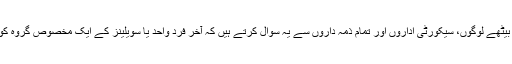
اگر یہ اور اس قبیل کے دیگر سوالات کے جوابات آپ کے پاس نہیں ہیں، تو پھر ہم پارلیمان میں بیٹھے لوگوں، سیکورٹی اداروں اور تمام ذمہ داروں سے یہ سوال کرتے ہیں کہ آخر فردِ واحد یا سویلینز کے ایک مخصوص گروہ کو کیوں کھلی چھوٹ دی جارہی ہے کہ جس کی بنیاد پر وہ وطن عزیز میں انتشار پھیلاتے پھریں؟